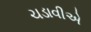
ચડાવીએ